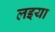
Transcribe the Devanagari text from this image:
लइया